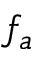
f _ { a }